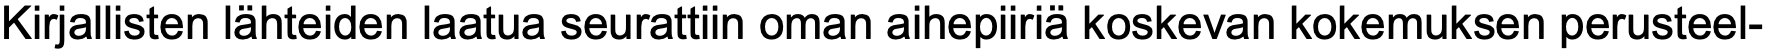
Kirjallisten lähteiden laatua seurattiin oman aihepiiriä koskevan kokemuksen perusteel-